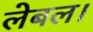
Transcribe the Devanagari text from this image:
लेबल।